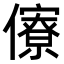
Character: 𠐟